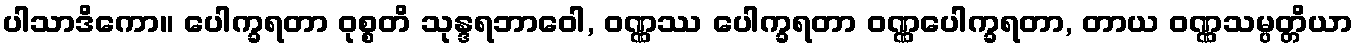
ပါသာဒိကော။ ပေါက္ခရတာ ဝုစ္စတိ သုန္ဒရဘာဝေါ, ဝဏ္ဏဿ ပေါက္ခရတာ ဝဏ္ဏပေါက္ခရတာ, တာယ ဝဏ္ဏသမ္ပတ္တိယာ